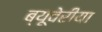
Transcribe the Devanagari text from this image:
ब्‍यूवेरीया